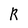
Character: R